Report of the Lahore Medical School Hospital
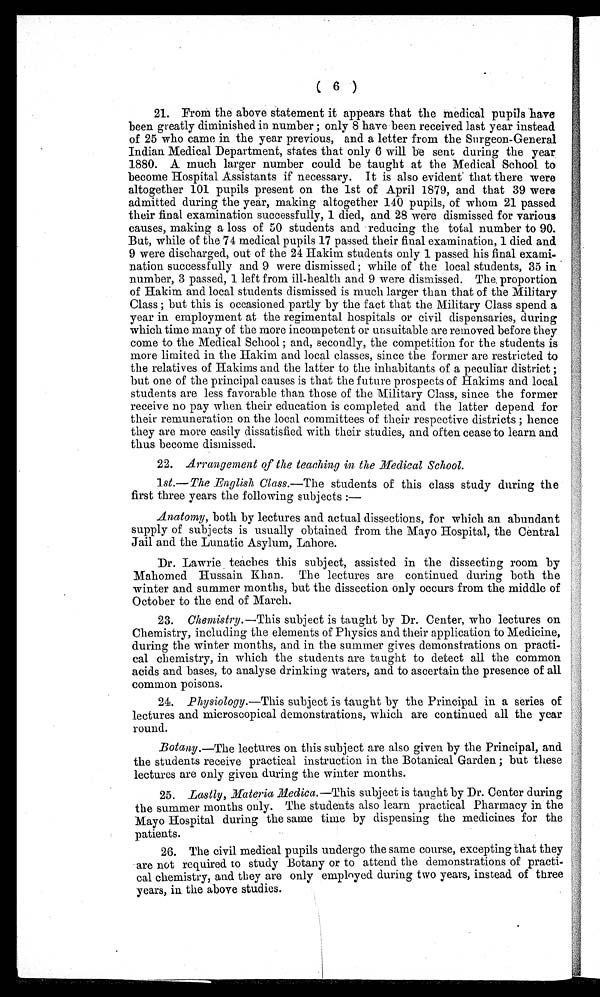
(6)
21. From the above statement it appears that the medical pupils have
been greatly diminished in number; only 8 have been received last year instead
of 25 who came in the year previous, and a letter from the Surgeon-General
Indian Medical Department, states that only 6 will be sent during the year
1880. A much larger number could be taught at the Medical School to
become Hospital Assistants if necessary. It is also evident that there were
altogether 101 pupils present on the 1st of April 1879, and that 39 were
admitted during the year, making altogether 140 pupils, of whom 21 passed
their final examination successfully, 1 died, and 28 were dismissed for various
causes, making a loss of 50 students and reducing the total number to 90.
But, while of the 74 medical pupils 17 passed their final examination, 1 died and
9 were discharged, out of the 24 Hakim students only 1 passed his final exami-
nation successfully and 9 were dismissed; while of the local students, 35 in
number, 3 passed, 1 left from ill-health and 9 were dismissed. The proportion
of Hakim and local students dismissed is much larger than that of the Military
Class; but this is occasioned partly by the fact that the Military Class spend a
year in employment at the regimental hospitals or civil dispensaries, during
which time many of the more incompetent or unsuitable are removed before they
come to the Medical School; and, secondly, the competition for the students is
more limited in the Hakim and local classes, since the former are restricted to
the relatives of Hakims and the latter to the inhabitants of a peculiar district;
but one of the principal causes is that the future prospects of Hakims and local
students are less favorable than those of the Military Class, since the former
receive no pay when their education is completed and the latter depend for
their remuneration on the local committees of their respective districts; hence
they are more easily dissatisfied with their studies, and often cease to learn and
thus become dismissed.
22. Arrangement of the teaching in the Medical School .
1
st .— The English Class. —The students of this class study during the
first three years the following subjects
: —
Anatomy, both by lectures and actual dissections, for which an abundant
supply of subjects is usually obtained from the Mayo Hospital, the Central
Jail and the Lunatic Asylum, Lahore.
Dr. Lawrie teaches this subject, assisted in the dissecting room by
Mahomed Hussain Khan. The lectures are continued during both the
winter and summer months, but the dissection only occurs from the middle of
October to the end of March.
23. Chemistry .—This subject is taught by Dr. Center, who lectures on
Chemistry, including the elements of Physics and their application to Medicine,
during the winter months, and in the summer gives demonstrations on practi-
cal chemistry, in which the students are taught to detect all the common
acids and bases, to analyse drinking waters, and to ascertain the presence of all
common poisons.
24. Physiology .—This subject is taught by the Principal in a series of
lectures and microscopical demonstrations, which are continued all the year
round.
Botany
.
—The lectures on this subject are also given by the Principal, and
the students receive practical instruction in the Botanical Garden; but these
lectures are only given during the winter months.
25. Lastly, Materia Medica .—This subject is taught by Dr. Center during
the summer months only. The students also learn practical Pharmacy in the
Mayo Hospital during the same time by dispensing the medicines for the
patients.
26. The civil medical pupils undergo the same course, excepting that they
are not required to study Botany or to attend the demonstrations of practi-
cal chemistry, and they are only employed during two years, instead of three
years, in the above studies.